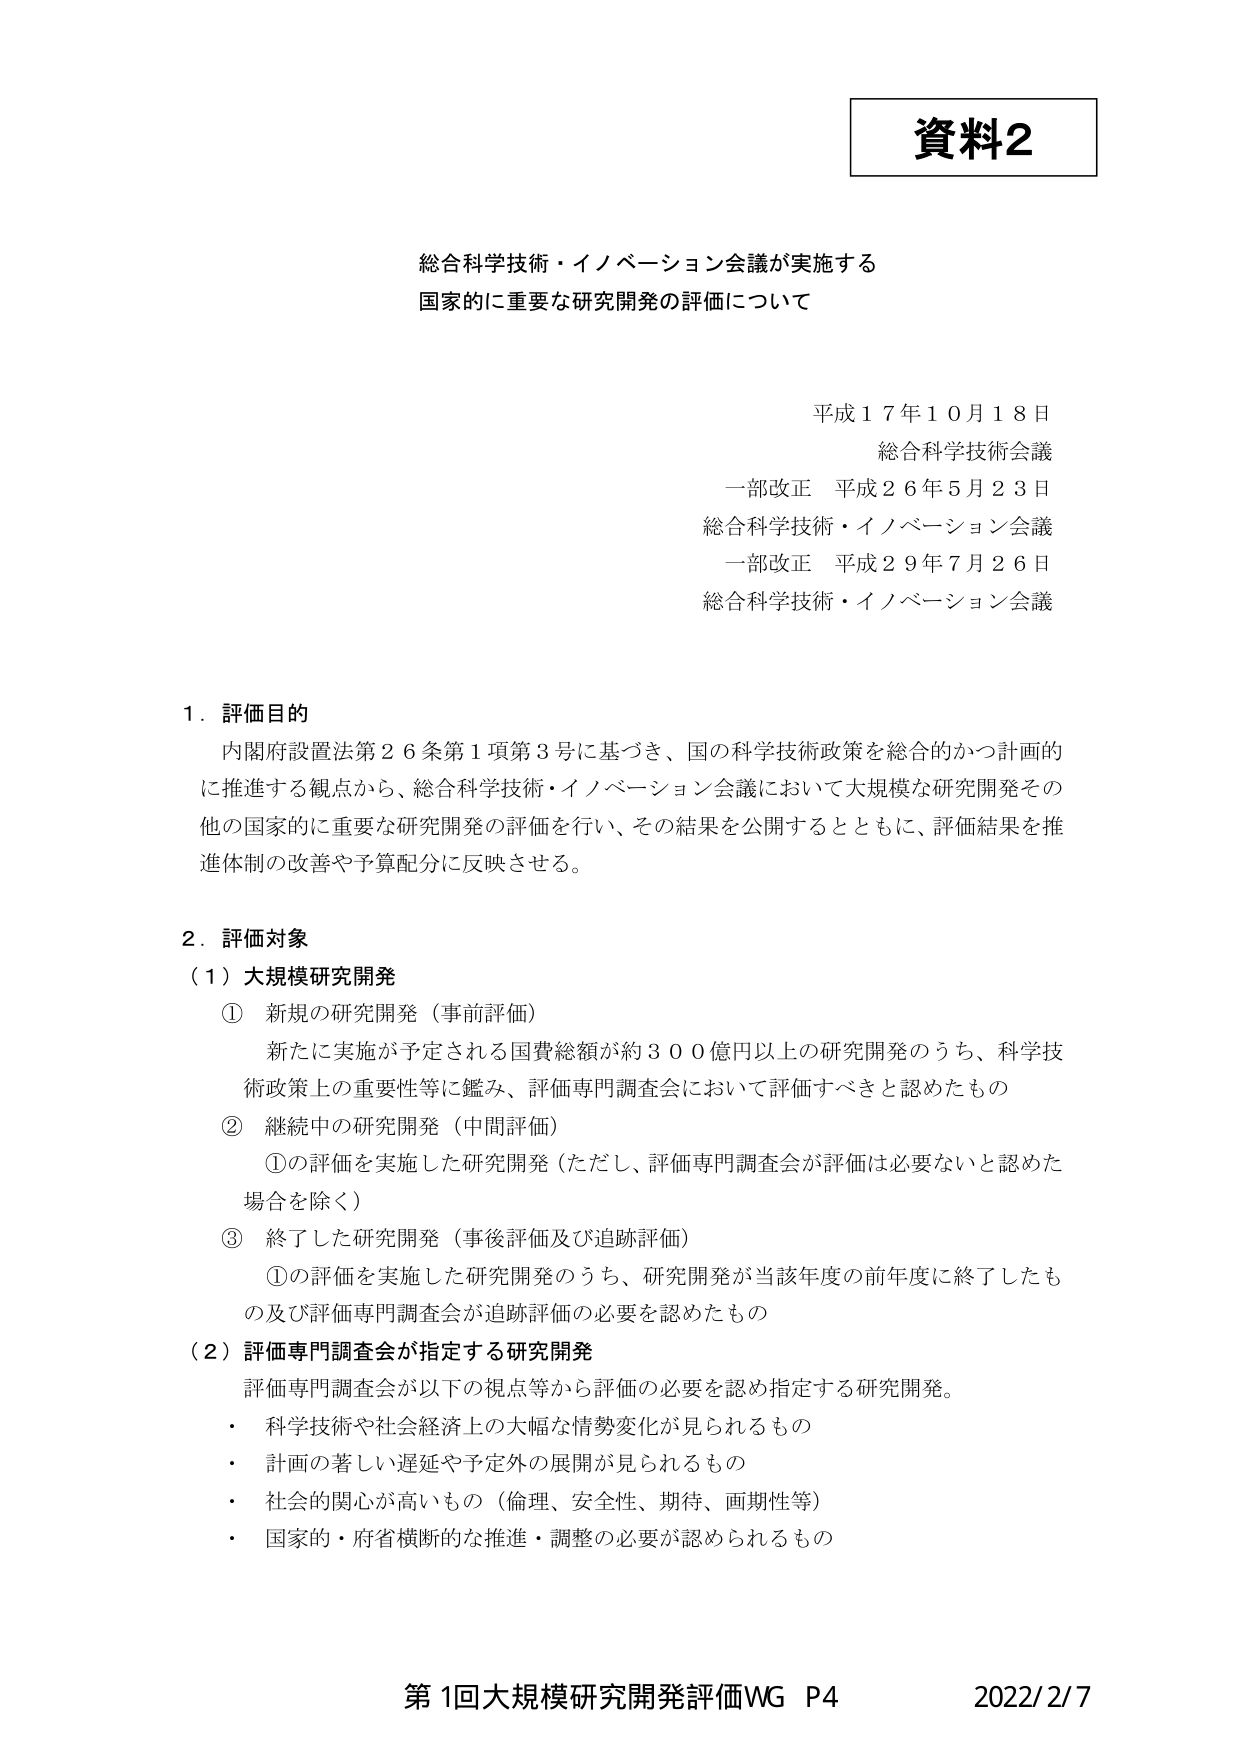
資料2

総合科学技術・イノベーション会議が実施する
国家的に重要な研究開発の評価について

平成17年10月18日
総合科学技術会議
一部改正 平成26年5月23日
総合科学技術・イノベーション会議
一部改正 平成29年7月26日
総合科学技術・イノベーション会議

1．評価目的
内閣府設置法第26条第1項第3号に基づき、国の科学技術政策を総合的かつ計画的に推進する観点から、総合科学技術・イノベーション会議において大規模な研究開発その他の国家的に重要な研究開発の評価を行い、その結果を公開するとともに、評価結果を推進体制の改善や予算配分に反映させる。

2．評価対象
（1）大規模研究開発
① 新規の研究開発（事前評価）
新たに実施が予定される国費総額が約300億円以上 の研究開発のうち、科学技術政策上の重要性等に鑑み、評価専門調査会において評価すべきと認めたもの
② 継続中の研究開発（中間評価）
①の評価を実施した研究開発（ただし、評価専門調査会が評価は必要ないと認めた場合を除く）
③ 終了した研究開発（事後評価及び追跡評価）
①の評価を実施した研究開発のうち、研究開発が当該年度の前年度に終了したもの及び評価専門調査会が追跡評価の必要を認めたもの
（2）評価専門調査会が指定する研究開発
評価専門調査会が以下の視点等から評価の必要を認め指定する研究開発。
・ 科学技術や社会経済上の大幅な情勢変化が見られるもの
・ 計画の著しい遅延や予定外の展開が見られるもの
・ 社会的関心が高いもの（倫理、安全性、期待、画期性等）
・ 国家的・府省横断的な推進・調整の必要が認められるもの

第1回大規模研究開発評価WG P4 2022/2/7